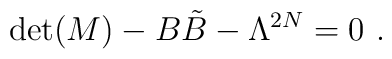
\det(M)-B{\tilde B}-\Lambda^{2N}=0~.